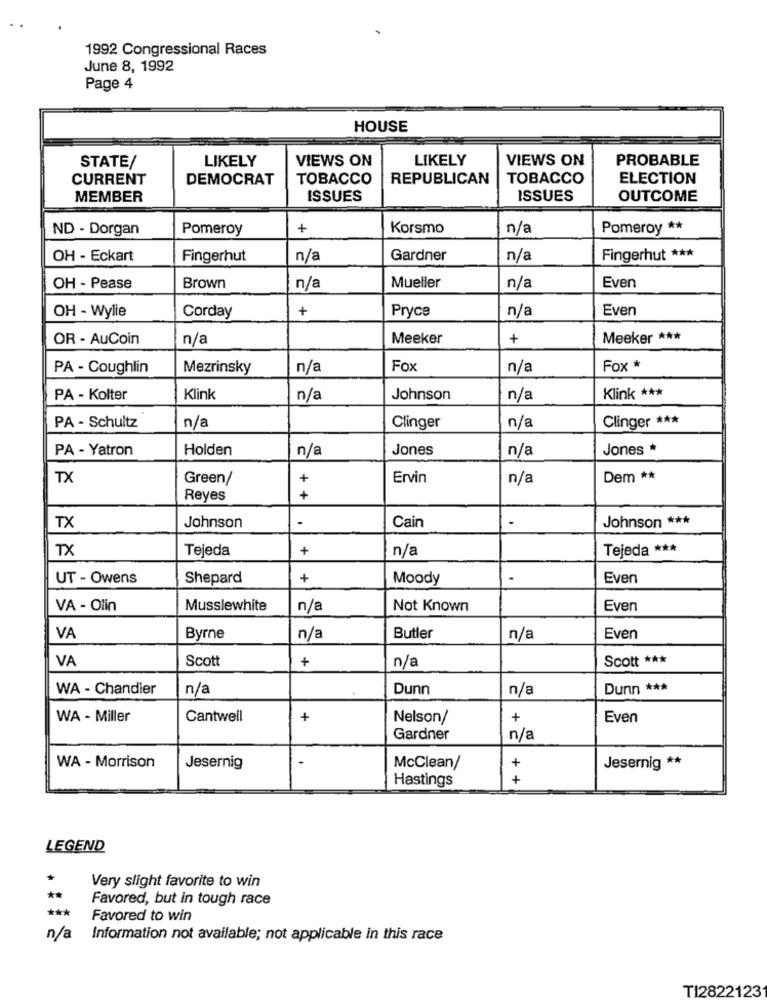
1992 Congressional Races
June 8, 1992
Page 4
HOUSE
LIKELY
VIEWS ON
LIKELY
VIEWS ON
PROBABLE
STATE/
CURRENT
DEMOCRAT
TOBACCO
REPUBLICAN
TOBACCO
ELECTION
MEMBER
ISSUES
ISSUES
OUTCOME
ND - Dorgan
Pomeroy
+
Korsmo
n/a
Pomeroy **
OH - Eckart
Fingerhut
n/a
Gardner
n/a
Fingerhut ***
OH - Pease
Brown
n/a
Mueller
n/a
Even
OH - Wylie
+
Pryce
n/a
Even
Corday
OR - AuCoin
n/a
Meeker
+
Meeker ***
PA - Coughlin
Mezrinsky
n/a
Fox
n/a
Fox *
PA - Kolter
Klink
n/a
Johnson
n/a
Klink ***
n/a
Clinger ***
PA - Schultz
Clinger
n/a
PA - Yatron
Holden
n/a
Jones
n/a
Jones *
TX
Green/
+
Ervin
n/a
Dem **
Reyes
+
TX
-
.
Johnson ***
Johnson
Cain
TX
Tejeda
+
n/a
Tejeda ***
UT - Owens
Shepard
+
Moody
Even
VA - Olin
Musslewhite
n/a
Not Known
Even
VA
Byrne
n/a
Butler
n/a
Even
VA
Scott
+
Scott ***
n/a
WA - Chandler
n/a
Dunn
n/a
Dunn ***
WA - Miller
Cantwell
+
Nelson/
+
Even
Gardner
n/a
-
WA - Morrison
Jesernig
McClean/
+
Jesernig **
Hastings
+
LEGEND
Very slight favorite to win
**
Favored, but in tough race
***
Favored to win
n/a
Information not available; not applicable in this race
TI2822123